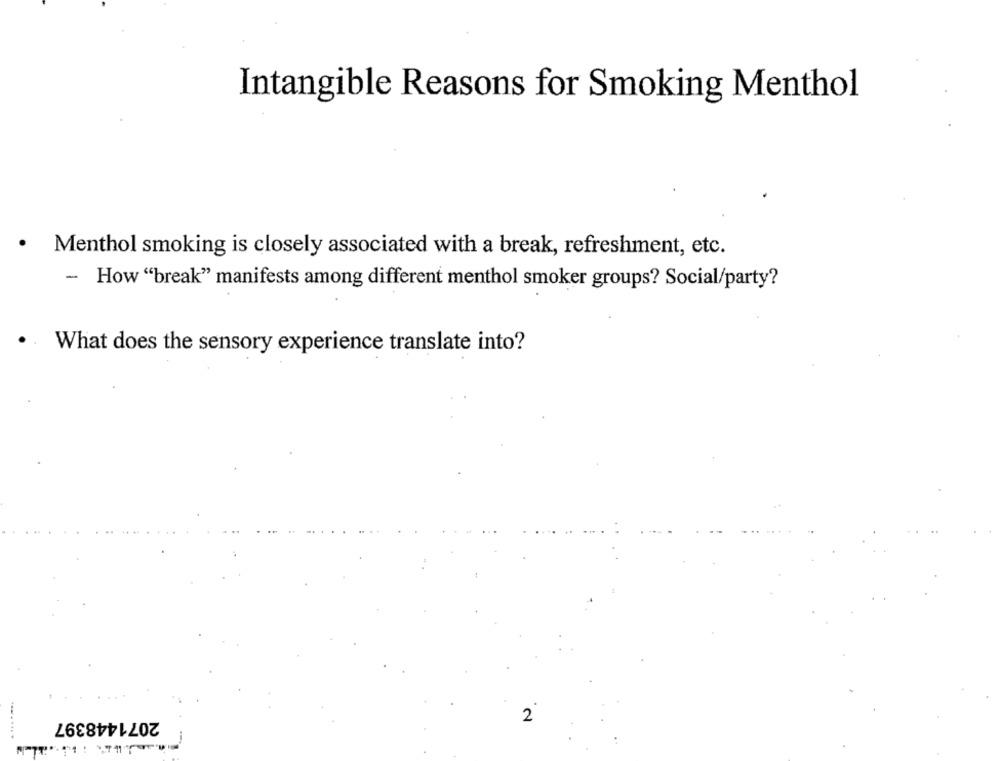
Intangible Reasons for Smoking Menthol
.
Menthol smoking is closely associated with a break, refreshment, etc.
- How "break" manifests among different menthol smoker groups? Social/party?
What does the sensory experience translate into?
2071448397
2
........